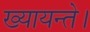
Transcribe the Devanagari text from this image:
ख्यायन्ते।